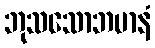
ဘုသသောဘမာနံ